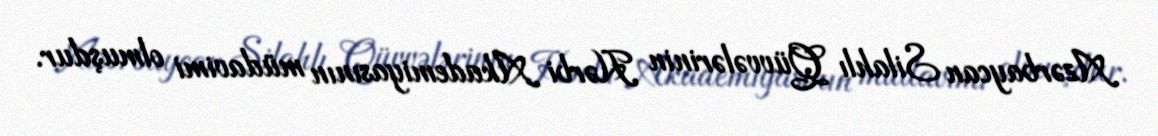
Azərbaycan Silahlı Qüvvələrinin Hərbi Akademiyasının müdavimi olmuşdur.